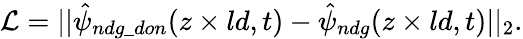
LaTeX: \mathcal{L}=||\hat{\psi}_{ndg\_ don}(z\times ld,t)-\hat{\psi}_{ndg}(z\times ld,t)||_{2}.